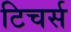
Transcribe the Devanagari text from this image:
टिचर्स